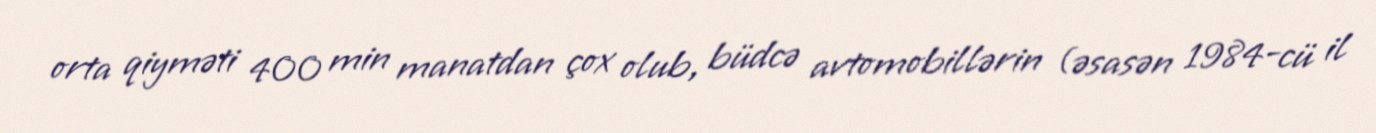
orta qiyməti 400 min manatdan çox olub, büdcə avtomobillərin (əsasən 1984-cü il